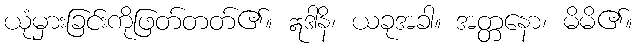
ယုံမှားခြင်းကိုဖြတ်တတ်၏။ ဣဒါနိ၊ ယခုအခါ။ အတ္တနော၊ မိမိ၏။